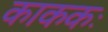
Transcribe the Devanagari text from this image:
काककः